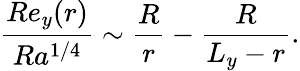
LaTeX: \frac{Re_{y}(r)}{Ra^{1/4}}\sim\frac{R}{r}-\frac{R}{L_{y}-r}.